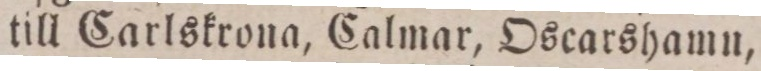
till Carlskrona, Calmar, Oscarshamn,